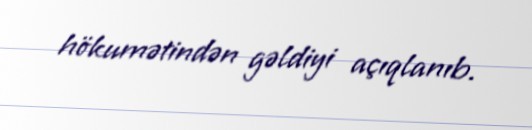
hökumətindən gəldiyi açıqlanıb.